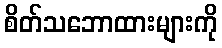
စိတ်သဘောထားများကို